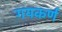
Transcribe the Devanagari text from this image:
गयकर्ण